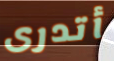
أتدرى